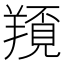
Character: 𦏀